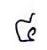
៤